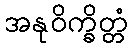
အနုဝိက္ခိတ္တံ